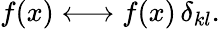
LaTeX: f(x)\longleftrightarrow f(x)\, \delta_{kl}.